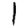
Digit: 1